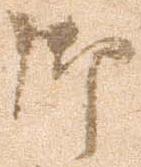
御